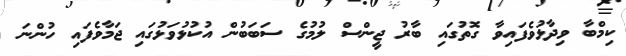
ކިމްބާ ވިދާޅުވެފައިވާ ގޮތުގައި ބާރު ޖީންސް ލުމުގެ ސަބަބުން އުކުޅުވަޅުގައި ޖަމާވެފައި ހުންނަ